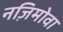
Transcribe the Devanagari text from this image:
नज़िमोवा